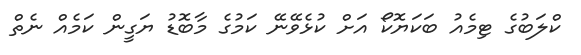
ކްލަބުގެ ޓިމެއު ބަކަޔޮކޯ އަށް ކުޅެވޭނޭ ކަމުގެ މާބޮޑު ޔަގީން ކަމެއް ނެތް